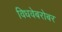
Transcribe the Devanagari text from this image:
विधवेबरोबर